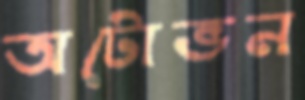
অটোভন